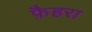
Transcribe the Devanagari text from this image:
फ़ैहरा